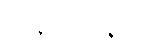
သန္တဝုတ္တိမနုဒ္ဓတံ